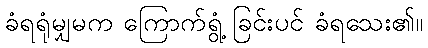
ခံရရုံမျှမက ကြောက်ရွံ့ ခြင်းပင် ခံရသေး၏။